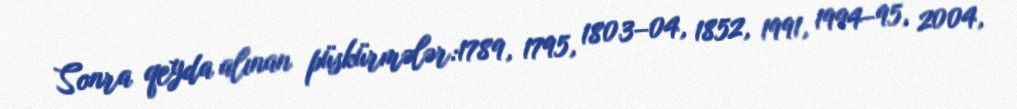
Sonra qeyda alınan püskürmələr:1789, 1795, 1803–04, 1852, 1991, 1994–95, 2004,